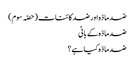
ضد مادّہ اور ضد کائنات (حصّہ سوم)
ضد مادّہ کے بانی
ضد مادّہ کیا ہے؟